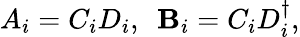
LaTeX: A_{i}=C_{i}D_{i},\ \ \mathbf{B}_{i}=C_{i}D_{i}^{\dagger},